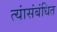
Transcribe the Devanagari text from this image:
त्यांसंबंधित